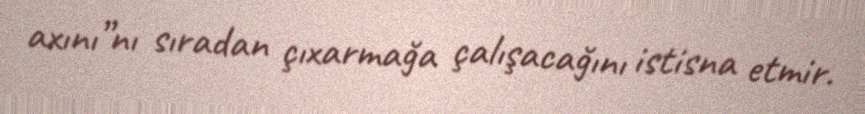
axını”nı sıradan çıxarmağa çalışacağını istisna etmir.